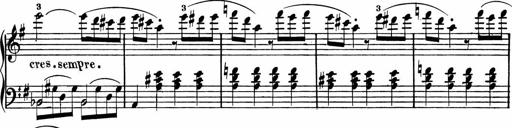
Title: Rosen ohne Dornen
Composer: Gustav Lange